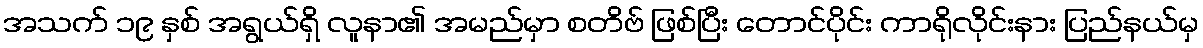
အသက် ၁၉ နှစ် အရွယ်ရှိ လူနာ၏ အမည်မှာ စတိဗ် ဖြစ်ပြီး တောင်ပိုင်း ကာရိုလိုင်းနား ပြည်နယ်မှ